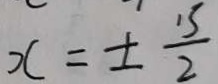
x = \pm \frac { 1 5 } { 2 }